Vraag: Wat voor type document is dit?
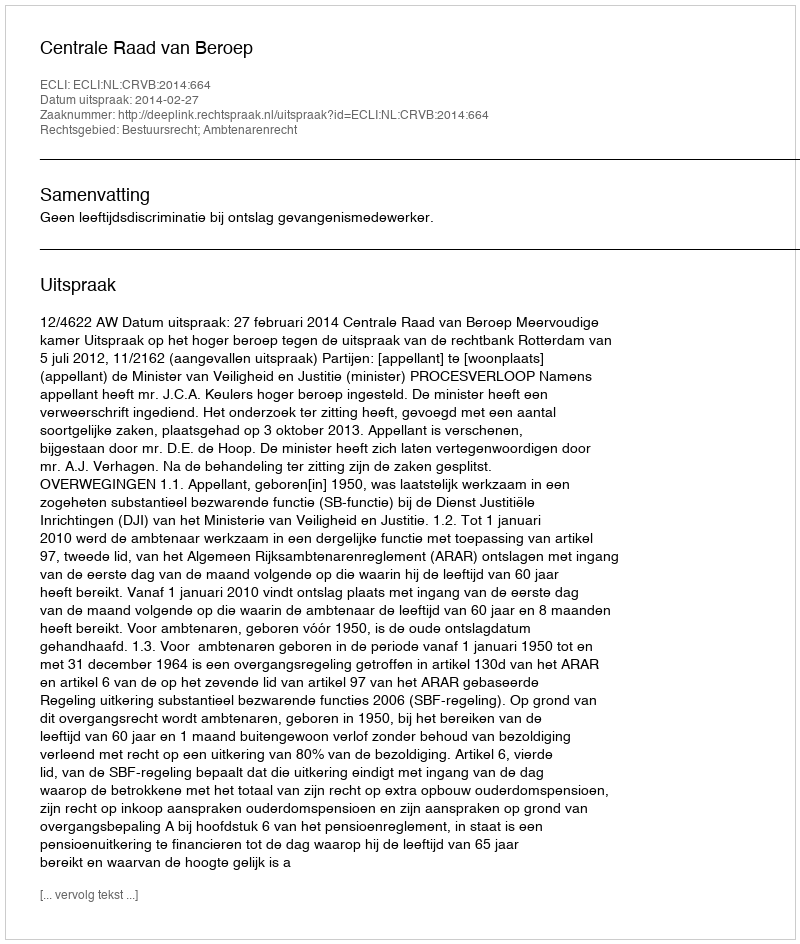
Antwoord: Uitspraak